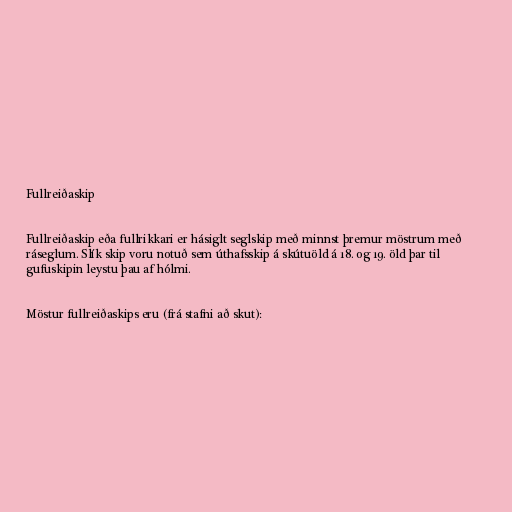
Fullreiðaskip

Fullreiðaskip eða fullrikkari er hásiglt seglskip með minnst þremur möstrum með
ráseglum. Slík skip voru notuð sem úthafsskip á skútuöld á 18. og 19. öld þar til
gufuskipin leystu þau af hólmi.

Möstur fullreiðaskips eru (frá stafni að skut):